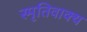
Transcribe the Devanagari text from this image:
स्मृतिवाक्य